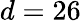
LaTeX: d=26